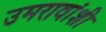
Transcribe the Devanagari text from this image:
उमरावांशी